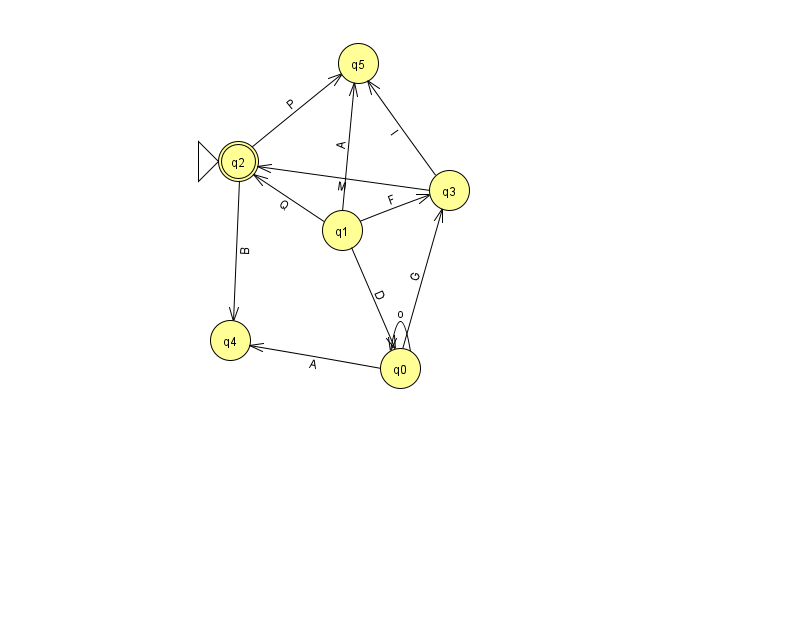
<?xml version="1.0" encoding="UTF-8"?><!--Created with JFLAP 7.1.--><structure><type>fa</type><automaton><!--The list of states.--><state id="0" name="q0"><x>400.0</x><y>355.0</y></state><state id="1" name="q1"><x>342.0</x><y>217.0</y></state><state id="2" name="q2"><x>238.0</x><y>148.0</y><initial/><final/></state><state id="3" name="q3"><x>449.0</x><y>177.0</y></state><state id="4" name="q4"><x>230.0</x><y>327.0</y></state><state id="5" name="q5"><x>358.0</x><y>50.0</y></state><!--The list of transitions.--><transition><from>1</from><to>5</to><read>A</read></transition><transition><from>0</from><to>3</to><read>G</read></transition><transition><from>3</from><to>5</to><read>I</read></transition><transition><from>1</from><to>2</to><read>Q</read></transition><transition><from>3</from><to>2</to><read>M</read></transition><transition><from>1</from><to>0</to><read>D</read></transition><transition><from>2</from><to>4</to><read>B</read></transition><transition><from>2</from><to>5</to><read>P</read></transition><transition><from>1</from><to>3</to><read>F</read></transition><transition><from>0</from><to>4</to><read>A</read></transition><transition><from>0</from><to>0</to><read>o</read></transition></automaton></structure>